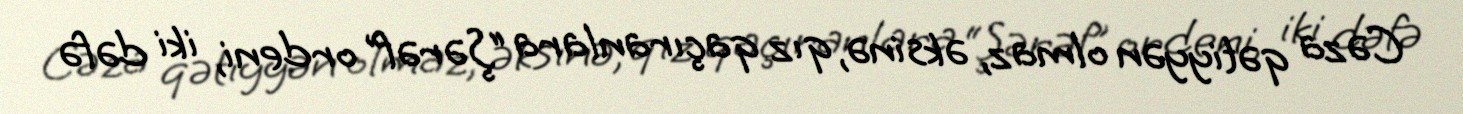
Cəza qətiyyən olmaz, əksinə, qız qaçıranlara “Şərəf” ordeni, iki dəfə